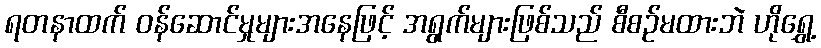
ရတနာထက် ဝန်ဆောင်မှုများအနေဖြင့် အရွက်များဖြစ်သည် စီစဉ်မထားဘဲ ဟိုရွှေ့